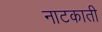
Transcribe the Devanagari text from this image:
नाटकाती